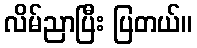
လိမ်ညာပြီး ပြတယ်။